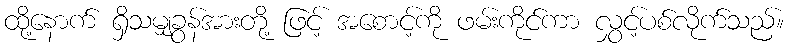
ထို့နောက် ရှိသမျှခွန်အားတို့ ဖြင့် အစောင့်ကို ဖမ်းကိုင်ကာ လွှင့်ပစ်လိုက်သည်။